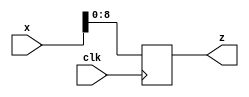
// Generated by MyHDL 0.11


`timescale 1ns/10ps

module signed2twoscomplement (
    clk,
    x,
    z
);


input clk;
input signed [9:0] x;
output [8:0] z;
reg [8:0] z;




always @(posedge clk) begin: SIGNED2TWOSCOMPLEMENT_UNSIGNED_LOGIC
    z <= x;
end

endmodule